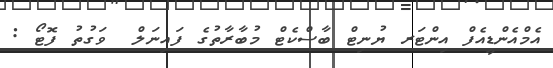
އެމްއެންޑީއެފް އިންޓަރ ޔުނިޓް ބާސްކެޓް މުބާރާތުގެ ފައިނަލް  ވަގުތު ފޮޓޯ :